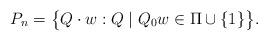
LaTeX: \begin{align*}P_n = \big\{Q \cdot w : Q \mid Q_0 w \in \Pi \cup \{1\} \big\}.\end{align*}